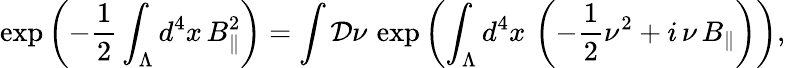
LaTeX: \exp\left(-\frac{1}{2}\int_{\Lambda}d^{4}x\, B_{\Vert}^{2}\right)=\int{\cal D}\nu\, \exp\left(\int_{\Lambda}d^{4}x\, \left(-\frac{1}{2}\nu^{2}+i\, \nu\, B_{\Vert}\right)\right),